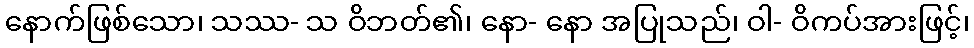
နောက်ဖြစ်သော၊ သဿ- သ ဝိဘတ်၏၊ နော- နော အပြုသည်၊ ဝါ- ဝိကပ်အားဖြင့်၊